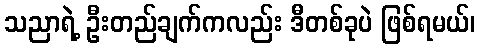
သညာရဲ့ ဦးတည်ချက်ကလည်း ဒီတစ်ခုပဲ ဖြစ်ရမယ်၊